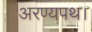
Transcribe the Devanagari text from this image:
अरण्यपथ।